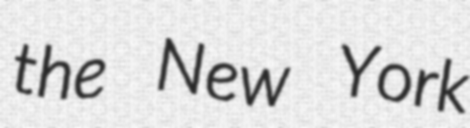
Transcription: the New York